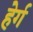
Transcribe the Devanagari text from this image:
हेर्ग